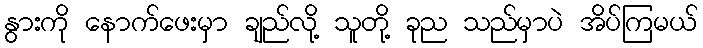
နွားကို နောက်ဖေးမှာ ချည်လို့ သူတို့ ခုည သည်မှာပဲ အိပ်ကြမယ်